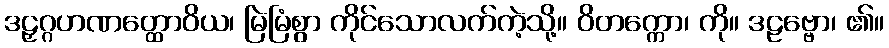
ဒဠှဂ္ဂဟဏတ္ထောဝိယ၊ မြဲမြံစွာ ကိုင်သောလက်ကဲ့သို့။ ဝိတက္ကော၊ ကို။ ဒဠဗ္ဗော၊ ၏။